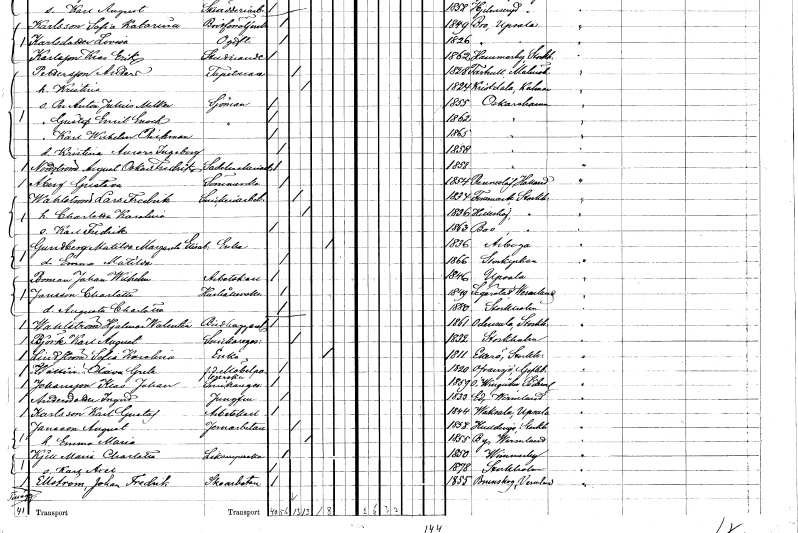
gt_parse: households: individuals: FN: Karl Wilhelm
EN: Backman
KON: M
CIV: O
FODAR: 1865
FODFORS: Oskarshamn Kalmar län
FN: Kristina Aurora Ingeborg
KON: K
CIV: O
FODAR: 1858
FODFORS: Oskarshamn Kalmar län
FN: August Oskar Fredrik
EN: Nordström
YRKE: Sadelmakeriarbetare
KON: M
CIV: O
FODAR: 1858
FODFORS: Oskarshamn Kalmar län
FN: Gustava
EN: Åberg
YRKE: Sömmerska
KON: K
CIV: O
FODAR: 1854
FODFORS: Ränneslöv Hallands län
FN: Lars Fredrik
EN: Wahlström
YRKE: Snickeriarbetare
KON: M
CIV: G
FODAR: 1834
FODFORS: Forsmark Uppsala län
FN: Charlotta Karolina
KON: K
CIV: G
FODAR: 1836
FODFORS: Hilleshög Stockholms län
FN: Karl Fredrik
KON: M
CIV: O
FODAR: 1863
FODFORS: Boo Stockholms län
FN: Matilda Margareta Elisabet
EN: Gundberg
YRKE: Änka
KON: K
CIV: E
FODAR: 1836
FODFORS: Arboga Västmanlands län
FN: Emma Matilda
KON: K
CIV: O
FODAR: 1866
FODFORS: Storkyrkoförsamlingen Stockholms stad
FN: Johan Wilhelm
EN: Boman
YRKE: Arbetskarl
KON: M
CIV: O
FODAR: 1846
FODFORS: Uppsala Uppsala län
FN: Charlotta
EN: Jansson
YRKE: Hushållerska
KON: K
CIV: O
FODAR: 1849
FODFORS: Segerstad Värmlands län
FN: Augusta Charlotta
KON: K
CIV: O
FODAR: 1880
FODFORS: Stockholm
FN: Hjalmar Walentin
EN: Wahlström
YRKE: Bildhuggarelärling
KON: M
CIV: O
FODAR: 1861
FODFORS: Odensala Stockholms län
FN: Karl August
EN: Björk
YRKE: Snickaregesäll
KON: M
CIV: G
FODAR: 1832
FODFORS: Stockholm
FN: Sofia Karolina
EN: Lindström
YRKE: Änka
KON: K
CIV: E
FODAR: 1811
FODFORS: Ekerö Stockholms län
FN: Olivia Greta
EN: Wallin
YRKE: Möbelpolererska f.d.
KON: K
CIV: O
FODAR: 1820
FODFORS: Ovansjö Gävleborgs län
FN: Klas Johan
EN: Johansson
YRKE: Snickaregesäll
KON: M
CIV: O
FODAR: 1859
FODFORS: Östra Vingåker Södermanlands län
FN: Ingrid
EN: Andersdotter
YRKE: Jungfru
KON: K
CIV: O
FODAR: 1833
FODFORS: Ed Kalmar län
FN: Karl Gustaf
EN: Karlsson
YRKE: Arbetskarl
KON: M
CIV: O
FODAR: 1844
FODFORS: Vaksala Uppsala län
FN: August
EN: Jansson
YRKE: Järnarbetare
KON: M
CIV: G
FODAR: 1858
FODFORS: Huddinge Stockholms län
FN: Emma Maria
KON: K
CIV: G
FODAR: 1855
FODFORS: By Värmlands län
FN: Maria Charlotta
EN: Kjell
YRKE: Liksmyckerska
KON: K
CIV: O
FODAR: 1850
FODFORS: Vimmerby Kalmar län
FN: Karl Axel
KON: M
CIV: O
FODAR: 1878
FODFORS: Stockholm
FN: Johan Fredrik
EN: Ellström
YRKE: Skoarbetare
KON: M
CIV: O
FODAR: 1855
FODFORS: Brunskog Värmlands län